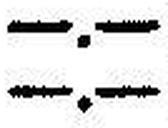
—.—